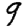
Digit: 9